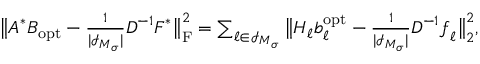
\begin{array} { r } { \big \| \boldsymbol A ^ { * } \boldsymbol B _ { \mathrm { o p t } } - \frac { 1 } { | \mathcal I _ { \boldsymbol M _ { \boldsymbol \sigma } } | } \boldsymbol D ^ { - 1 } \boldsymbol F ^ { * } \big \| _ { \mathrm F } ^ { 2 } = \sum _ { \boldsymbol \ell \in \mathcal I _ { \boldsymbol M _ { \boldsymbol \sigma } } } \big \| \boldsymbol H _ { \boldsymbol \ell } \boldsymbol b _ { \boldsymbol \ell } ^ { \mathrm { o p t } } - \frac { 1 } { | \mathcal I _ { \boldsymbol M _ { \boldsymbol \sigma } } | } \boldsymbol D ^ { - 1 } \boldsymbol f _ { \boldsymbol \ell } \big \| _ { 2 } ^ { 2 } , } \end{array}